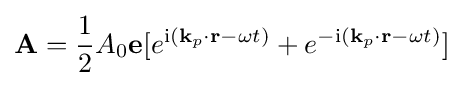
\mathbf {A} ={1 \over 2}A_{0}\mathbf {e} [e^{\mathrm {i} (\mathbf {k} _{p}\cdot \mathbf {r} -\omega t)}+e^{-\mathrm {i} (\mathbf {k} _{p}\cdot \mathbf {r} -\omega t)}]